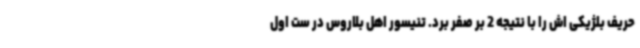
حریف بلژیکی اش را با نتیجه 2 بر صفر برد. تنیسور اهل بلاروس در ست اول